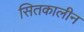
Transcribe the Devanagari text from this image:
सितकालीन